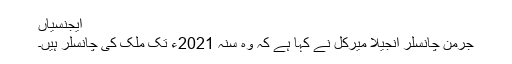
ایجنسیاں
جرمن چانسلر انجیلا میرکل نے کہا ہے کہ وہ سنہ 2021ء تک ملک کی چانسلر ہیں۔